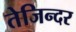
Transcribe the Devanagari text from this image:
तेजिन्दर